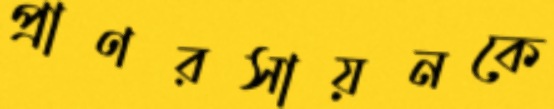
প্রাণরসায়নকে